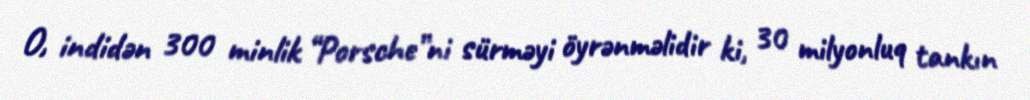
O, indidən 300 minlik “Porsche”ni sürməyi öyrənməlidir ki, 30 milyonluq tankın